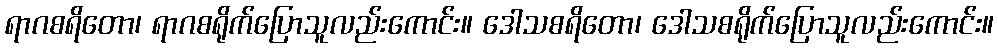
ရာဂစရိတော၊ ရာဂစရိုက်ပြောသူလည်းကောင်း။ ဒေါသစရိတော၊ ဒေါသစရိုက်ပြောသူလည်းကောင်း။